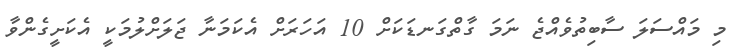
މި މައްސަލަ ސާބިތުވެއްޖެ ނަމަ ގާތްގަނޑަކަށް 10 އަހަރަށް އެކަމަނާ ޖަލަށްލުމަކީ އެކަށީގެންވާ